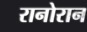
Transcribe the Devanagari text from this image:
रानोरान